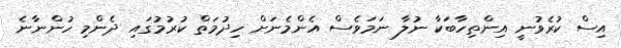
އިސް ކުރެވުނީ އިންތިހާބަކާ ނުލާ ނަމަވެސް އެންމެނަށް ހިދުމަތް ކުރުމުގައި ދެންމި ހުންނާނެ